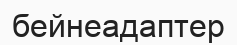
бейнеадаптер